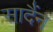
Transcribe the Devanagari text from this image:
सादैंन